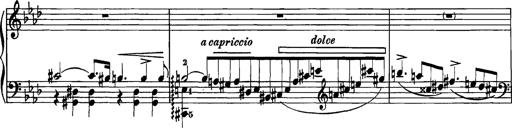
Title: Grandes Etudes
Composer: Franz Liszt